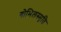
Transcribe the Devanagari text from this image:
गोभिलस्मृति